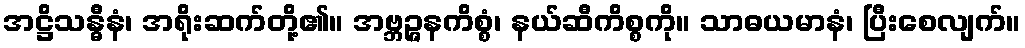
အဋ္ဌိသန္ဓီနံ၊ အရိုးဆက်တို့၏။ အဗ္ဘဉ္ဇနကိစ္စံ၊ နယ်ဆီကိစ္စကို။ သာဓယမာနံ၊ ပြီးစေလျက်။